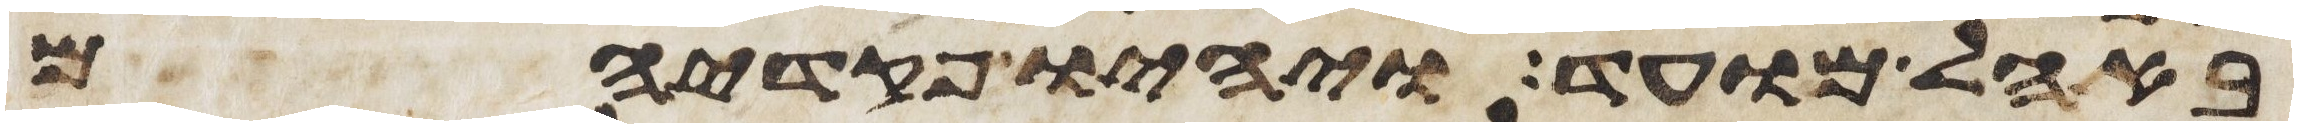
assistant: באהל מועד ויהיו פקדיהם